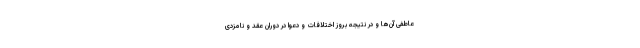
عاطفی آن‌ها و در نتیجه بروز اختلافات و دعوا در دوران عقد و نامزدی